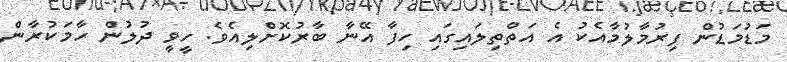
މަޑުމަޑުން ފިރުމާލުމާއެކު އެ އަތްތިލައިގައި ހިފާ އޭނާ ބާރުކޮށްލިއެވެ. ހީވީ ދުލުން ހާމަކުރާން